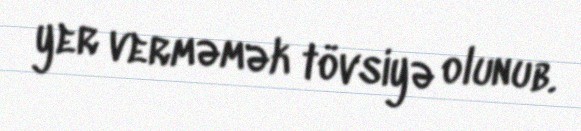
yer verməmək tövsiyə olunub.